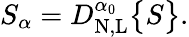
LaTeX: S_{\alpha}=D_{\mathrm{N,L}}^{\alpha_{0}}\big\{ {S\big\} }.